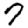
Digit: 7